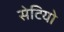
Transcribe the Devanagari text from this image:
सेटियो